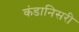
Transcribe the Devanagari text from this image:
कंडानिसरी